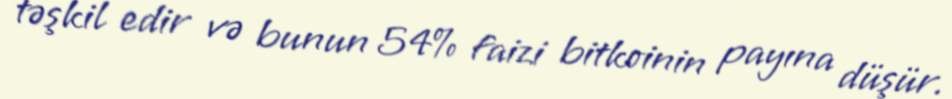
təşkil edir və bunun 54% faizi bitkoinin payına düşür.